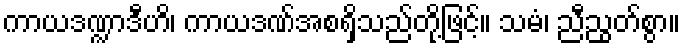
ကာယဒဏ္ဍာဒီဟိ၊ ကာယဒဏ်အစရှိသည်တို့ဖြင့်။ သမံ၊ ညီညွတ်စွာ။